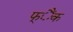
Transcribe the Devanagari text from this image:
फ्ैंक